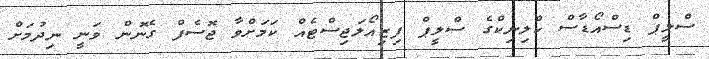
ސްލީޕް ޑިސްއޯޑާސް ކްލިނިކްގެ ސްލީޕް ފިޒިއޯލަޖިސްޓެއް ކަމަށްވާ ޖޮސެފް ގެނޮން ވަނީ ނިދުމަށް